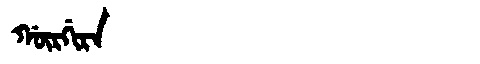
Manchu: ᡤᡡᡵᡤᡳᡵᠠ
Romanization: GŪRGIRA